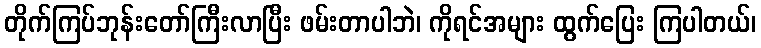
တိုက်ကြပ်ဘုန်းတော်ကြီးလာပြီး ဖမ်းတာပါဘဲ၊ ကိုရင်အများ ထွက်ပြေး ကြပါတယ်၊